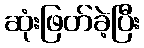
ဆုံးဖြတ်ခဲ့ပြီး